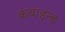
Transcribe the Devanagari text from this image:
कंबाइन्ड